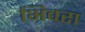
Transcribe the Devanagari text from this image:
भिवरा